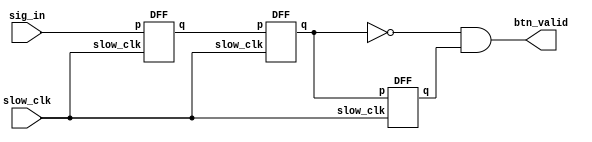
module db(sig_in, slow_clk, btn_valid);

input sig_in;
input slow_clk;
output btn_valid;

wire s1, s2, s3;

DFF mod1(sig_in, s1, slow_clk);
DFF mod2(s1, s2, slow_clk);
DFF mod3(s2, s3, slow_clk);

assign btn_valid = (!s2) & s3;

endmodule

module DFF(input p, output reg q, input slow_clk);
initial begin
q = 0;
end
always@ (posedge slow_clk) begin
	q <= p;
end
endmodule